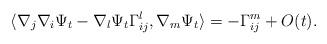
LaTeX: \begin{align*}\langle \nabla_j\nabla_i\Psi_t-\nabla_l \Psi_t \Gamma_{ij}^l, \nabla_m \Psi_t\rangle= -\Gamma^m_{ij} +O(t). \end{align*}